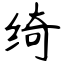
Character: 绮